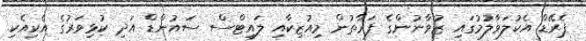
ޕެރޭޑް އެކުލަވާލުމުގައި ޒުވާނުންގެ ފަރާތުން މިއުޒިކާއި ލައިޓްސް ސައުންޑް އަދި ކުޅިވަރުގެ އެކިއެކި